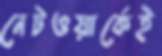
নেটওয়ার্কেই